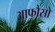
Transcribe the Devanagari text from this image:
आफौंसो